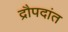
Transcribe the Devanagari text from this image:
द्रौपदांत